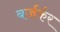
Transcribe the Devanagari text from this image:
बर्जर्कर